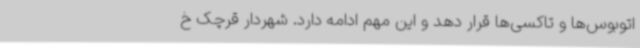
اتوبوس‌ها و تاکسی‌ها قرار دهد و این مهم ادامه دارد. شهردار قرچک خ